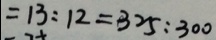
= 1 3 : 1 2 = 3 2 5 : 3 0 0